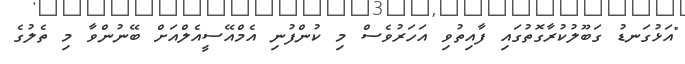
"އަޅުގަނޑު ގަބޫލުކުރާގޮތުގައި ފާއިތުވި އަހަރުވެސް މި ކުންފުނި އެމްއޭސީއެލްއަށް ބޭނުންވާ މި ތެލުގެ